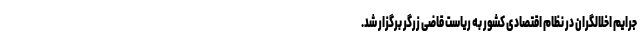
جرایم اخلالگران در نظام اقتصادی کشور به ریاست قاضی زرگر برگزار شد.